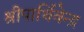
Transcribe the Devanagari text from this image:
श्रीपार्थिवेन्द्र